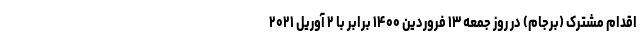
اقدام مشترک (برجام) در روز جمعه ۱۳ فروردین ۱۴۰۰ برابر با ۲ آوریل ۲۰۲۱